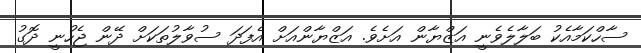
ސާހްކަމާއެކު ބަލާލެވެނީ އަޒްޔާން އަށެވެ. އަޒްޔާންއަށް އެފަދަ ސުވާލުތަކަށް ދޭން ޖެހުނީ ދޮގު